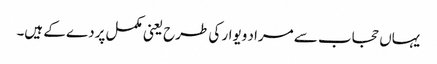
یہاں حجاب سے مراد ویوار کی طرح یعنی مکمل پردے کے ہیں۔